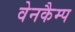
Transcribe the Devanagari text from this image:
वेनकैम्प